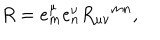
LaTeX: R = e _ { m } ^ { \mu } e _ { n } ^ { \nu } R _ { \mu \nu } { } ^ { m n } ,